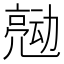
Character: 𰁠